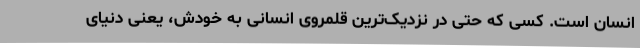
انسان است. کسی که حتی در نزدیک‌ترین قلمروی انسانی به خودش، یعنی دنیای